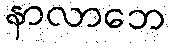
နာလာဘေ